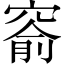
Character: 窬